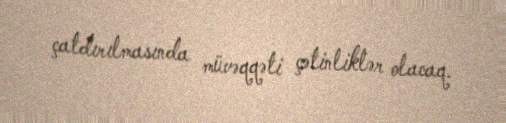
çatdırılmasında müvəqqəti çətinliklər olacaq.